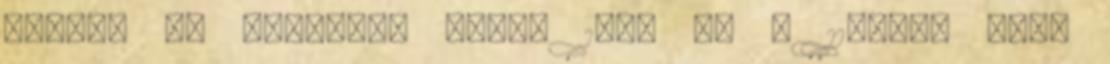
vagyis az összegük éppen 104. 38 A 11-gyel való